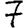
Digit: 7